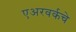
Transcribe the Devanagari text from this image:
एअरवर्कचे